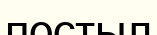
постыл